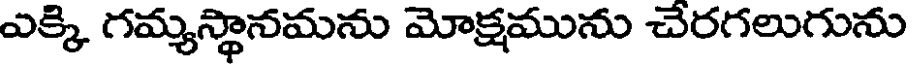
ఎక్కి గమ్యస్థానమను మోక్షమును చేరగలుగును